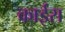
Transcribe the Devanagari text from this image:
काईरा